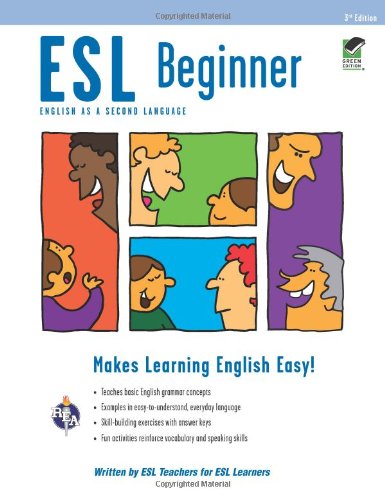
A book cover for ESL Beginner (English as a Second Language Series); Sherry Boguchwal; Education & Teaching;